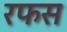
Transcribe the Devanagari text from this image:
रफस